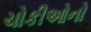
ચોકીઓનો